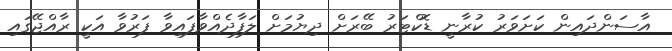
އާސަންދައިން ކަށަވަރު ކުރާނީ ޑޮކްޓަރު ބޭރަށް ދިޔުމަށް ލަފާދެއްވާފައިވާ ފަރުވާ އަކީ ރާއްޖޭގައި